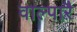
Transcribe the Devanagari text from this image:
वाल्पाऱै